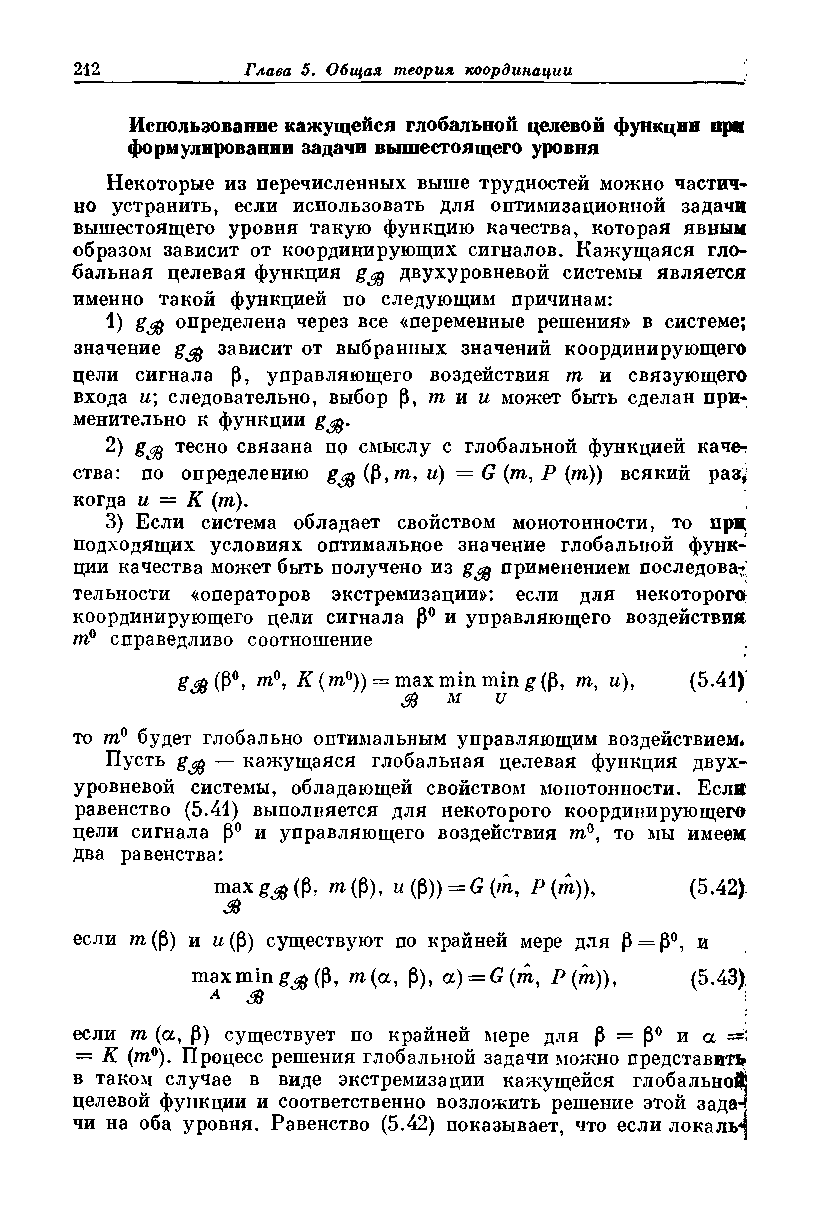
Использование кажущейся глобальной целевой функции при
 формулировании задачи вышестоящего уровня
 Некоторые из перечисленных выше трудностей можно частич­
 но устранить, если использовать для оптимизационной задачи
 вышестоящего уровня такую функцию качества, которая явным
 образом зависит от координирующих сигналов. Кажущаяся гло­
 бальная целевая функция g^ двухуровневой системы является
 именно такой функцией по следующим причинам:
 1) gcft определена через все «переменные решения» в системе;
 значение g$ зависит от выбранных значений координирующего
 цели сигнала р, управляющего воздействия т и связующего
 входа и\ следовательно, выбор р, т и и может быть сделан при­
 менительно к функции g'gj.
 2) gcfo тесно связана по смыслу с глобальной функцией каче-г
 ства: по определению g$ (P,m, и) — G (т, Р (т)) всякий раз^
 когда и = К (т).
 3) Если система обладает свойством монотонности, то при
 подходящих условиях оптимальное значение глобальной функ­
 ции качества может быть получено из gc% применением последова­
 тельности «операторов экстремизации»: если для некоторого:
 координирующего цели сигнала Р° и управляющего воздействия
 т° справедливо соотношение
 ga>(Р°, т°, К (m°))~maxminming(P, и), (5.41)
 &  м  и
 то т° будет глобально оптимальным управляющим воздействием*
 Пусть g^j — кажущаяся глобальная целевая функция двух­
 уровневой системы, обладающей свойством монотонности. Если
 равенство (5.41) выполняется для некоторого координирующего
 цели сигнала р° и управляющего воздействия га0, то мы имеем
 два равенства:
 тах ад (Р* т (Р). и (Р)) = G (т, Р (т)), (5.42).
 М
 если га(Р) и и(Р) существуют по крайней мере для р = р°, и
 max min g^ (Р, га(а, Р), a) = G(m, Р(т)), (5.43)
 Л                                  ;
 если га (а, Р) существует по крайней мере для р = р° и а
 — К (га0). Процесс решения глобальной задачи можно представить
 в таком случае в виде экстремизации кажущейся глобальной
 целевой функции и соответственно возложить решение этой зада-]
 чи на оба уровня. Равенство (5.42) показывает, что если локалы]